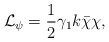
\begin{align*}{\cal L}_{\psi}=\frac{1}{2}\gamma_{1}k\bar{\chi}\chi,\end{align*}